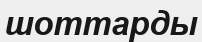
шоттарды